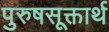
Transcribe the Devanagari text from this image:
पुरुषसूक्तार्थ